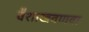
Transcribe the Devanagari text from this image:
वैशाखवणवा